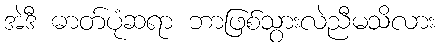
အဲဒီ ဓာတ်ပုံဆရာ ဘာဖြစ်သွားလဲညီမသိလား